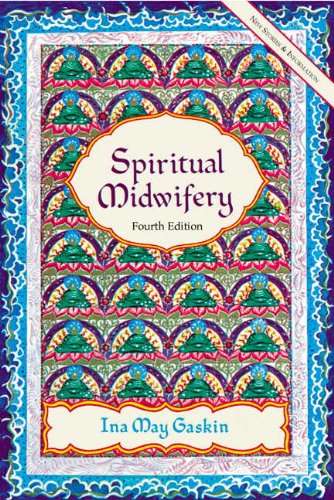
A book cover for Spiritual Midwifery; Ina May Gaskin; Parenting & Relationships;